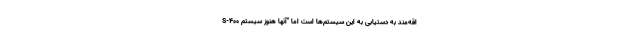
اقه‌مند به دستیابی به این سیستم‌ها است اما "آنها هنوز سیستم S-۴۰۰